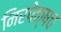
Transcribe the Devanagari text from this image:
निरपेक्षच